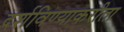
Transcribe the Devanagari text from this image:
दर्शविण्याकरीता